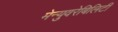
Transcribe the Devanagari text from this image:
मेन्युवरेबिलिटी